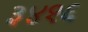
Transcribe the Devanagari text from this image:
३४१६